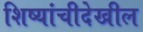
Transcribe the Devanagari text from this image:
शिष्यांचीदेखील